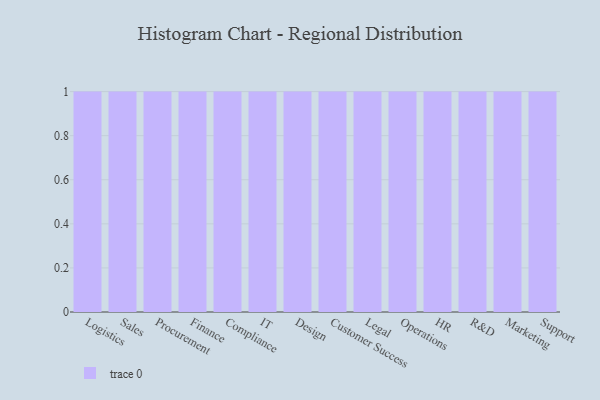
{"axis": {"x": "Department", "y": "Satisfaction Score"}, "legend": [""], "data": [{"x": "Logistics", "y": 100, "type": ""}, {"x": "Sales", "y": 46, "type": ""}, {"x": "Procurement", "y": 20, "type": ""}, {"x": "Finance", "y": 41, "type": ""}, {"x": "Compliance", "y": 1, "type": ""}, {"x": "IT", "y": 90, "type": ""}, {"x": "Design", "y": 55, "type": ""}, {"x": "Customer Success", "y": 5, "type": ""}, {"x": "Legal", "y": 12, "type": ""}, {"x": "Operations", "y": 16, "type": ""}, {"x": "HR", "y": 37, "type": ""}, {"x": "R&D", "y": 82, "type": ""}, {"x": "Marketing", "y": 5, "type": ""}, {"x": "Support", "y": 36, "type": ""}]}